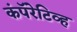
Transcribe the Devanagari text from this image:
कंपॅरेटिव्ह